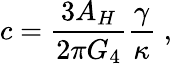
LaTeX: c=\frac{3A_{H}}{2\pi G_{4}}\frac{\gamma}{\kappa}\; ,